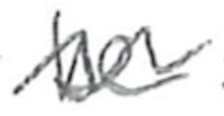
Text: be
Cross-out: zig-zag
Writing tool: pencil